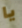
يا